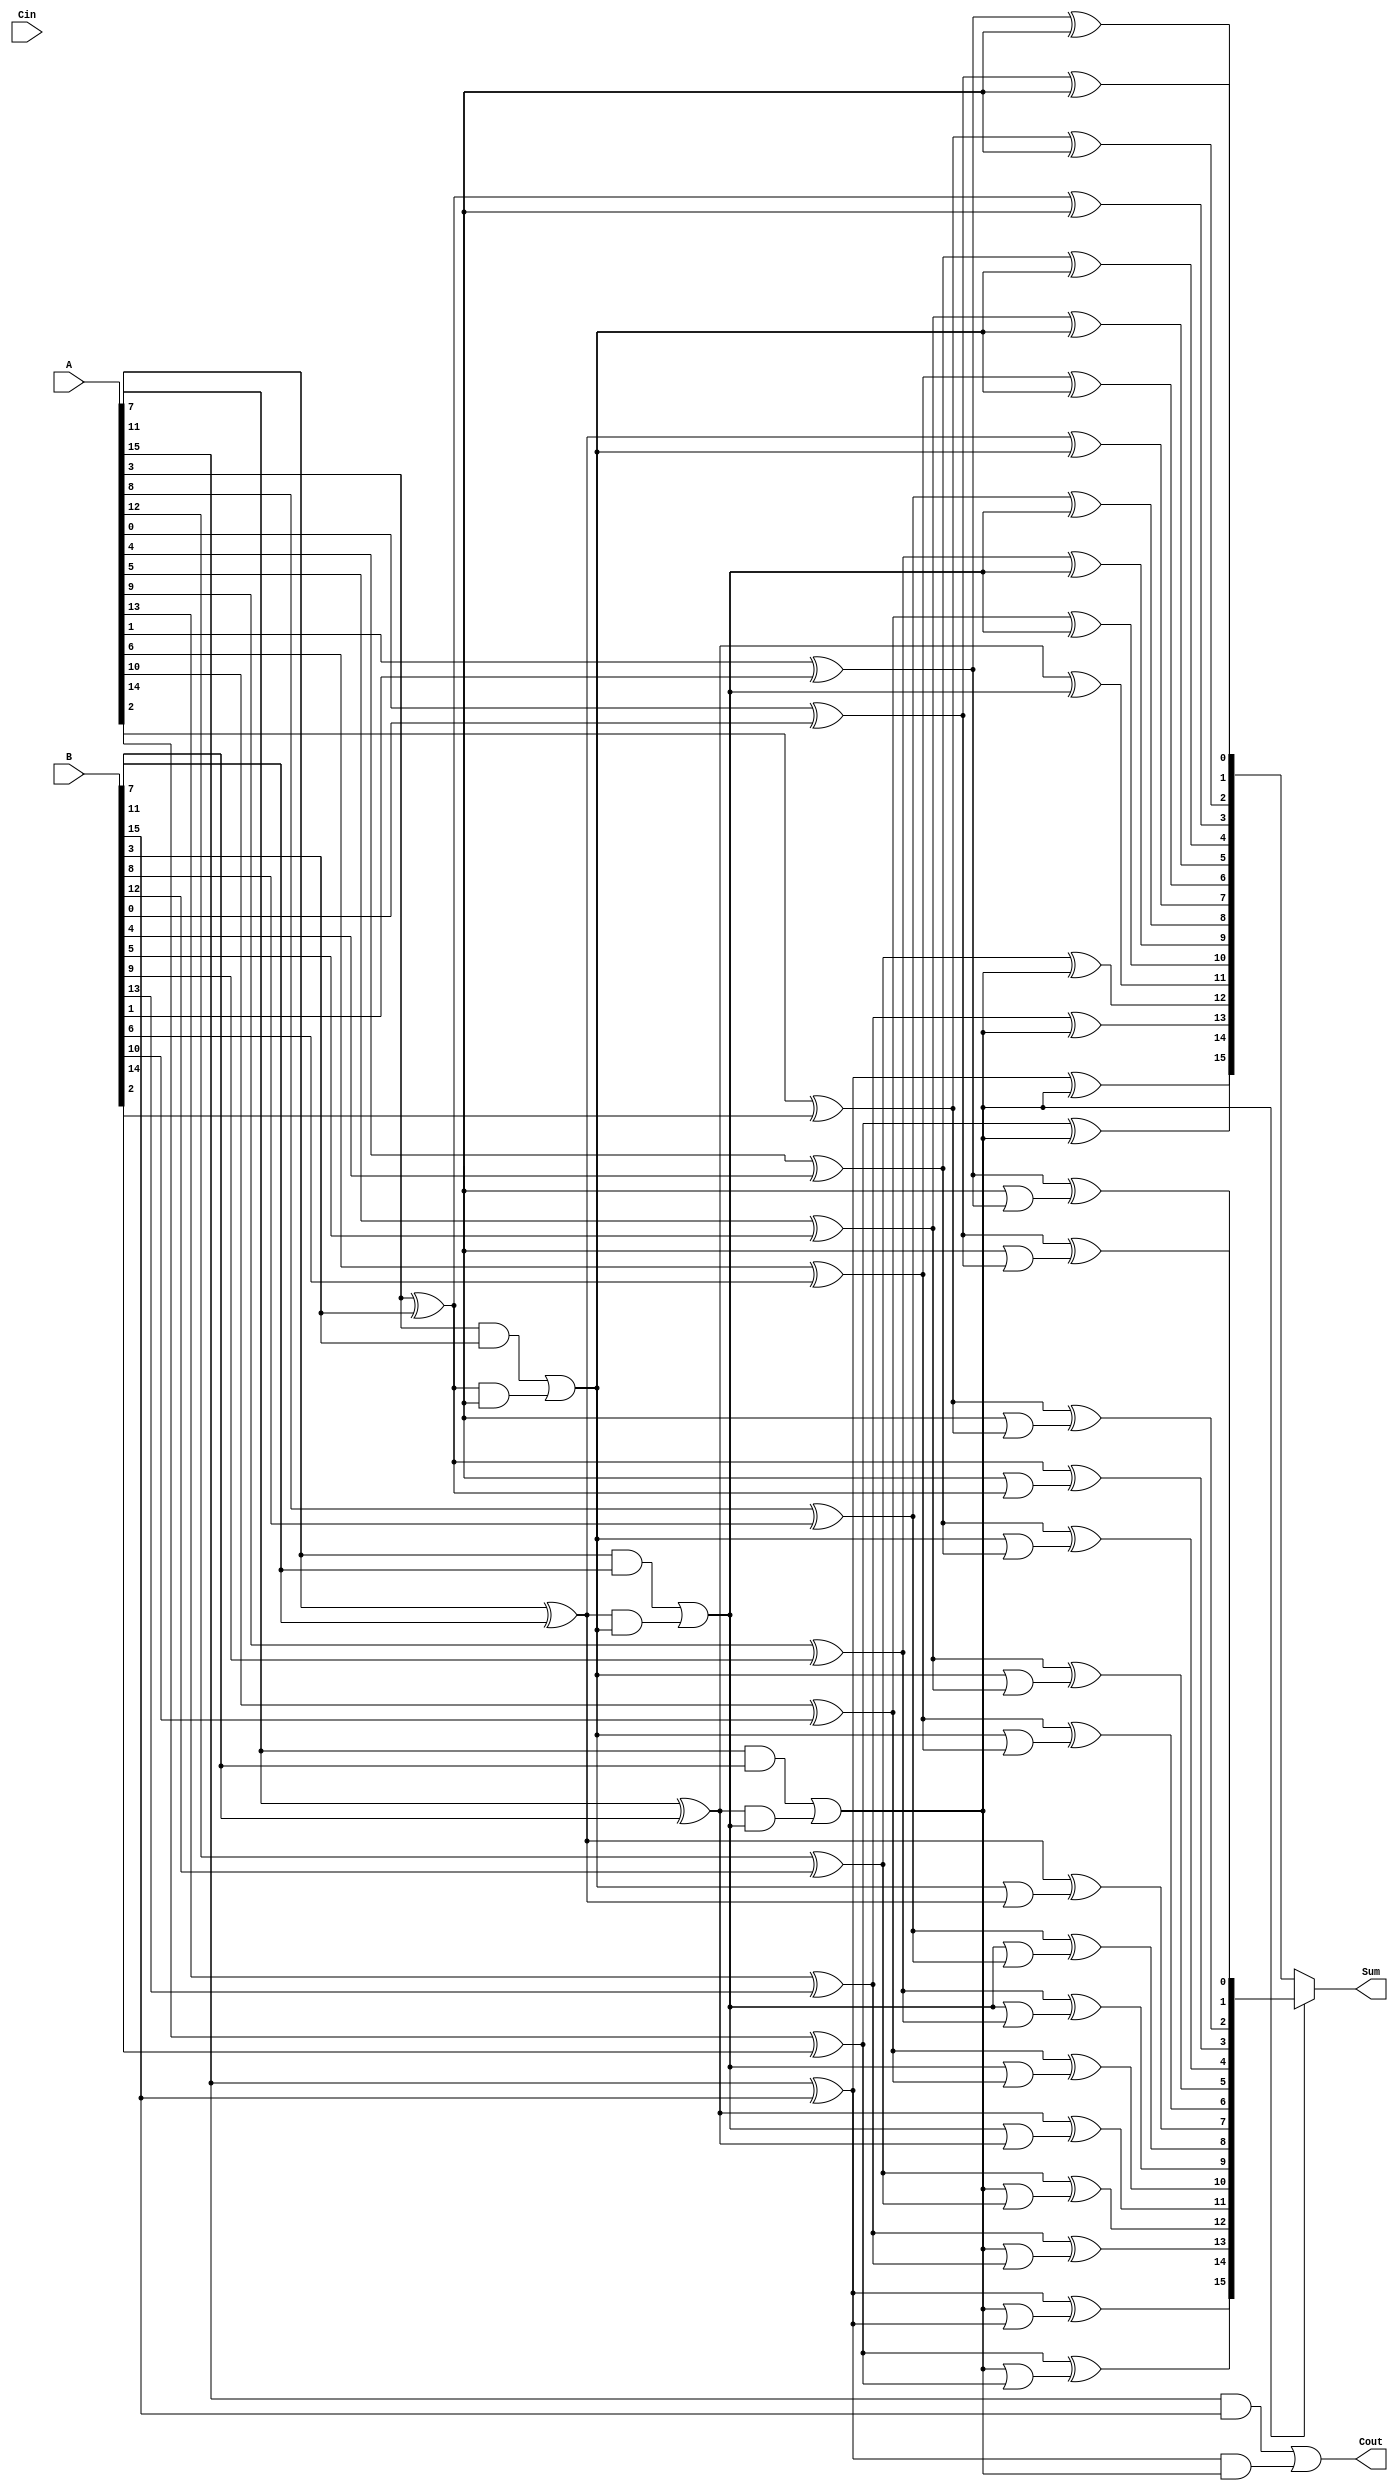
module carry_select_adder (
    input [15:0] A,       // 16-bit input A
    input [15:0] B,       // 16-bit input B
    input Cin,            // Carry input
    output [15:0] Sum,    // 16-bit Sum output
    output Cout           // Carry output
);

    // Internal wires for carry, sum and propagate/generate
    wire [3:0] P [3:0];   // Propagate for each segment
    wire [3:0] G [3:0];   // Generate for each segment
    wire [4:0] C;         // Carry outputs for segments

    // Internal sums assuming Cin = 0 and Cin = 1
    wire [15:0] Sum0;     // Sum if Cin = 0
    wire [15:0] Sum1;     // Sum if Cin = 1

    // Carry Lookahead logic and sum calculation for each segment
    genvar i;
    generate
        for (i = 0; i < 4; i = i + 1) begin: segment
            // Generate Propagate and Generate signals
            assign P[i][0] = A[i*4] ^ B[i*4];
            assign P[i][1] = A[i*4 + 1] ^ B[i*4 + 1];
            assign P[i][2] = A[i*4 + 2] ^ B[i*4 + 2];
            assign P[i][3] = A[i*4 + 3] ^ B[i*4 + 3];

            assign G[i][0] = A[i*4] & B[i*4];
            assign G[i][1] = A[i*4 + 1] & B[i*4 + 1];
            assign G[i][2] = A[i*4 + 2] & B[i*4 + 2];
            assign G[i][3] = A[i*4 + 3] & B[i*4 + 3];

            // Calculate carry for this segment
            assign C[i + 1] = G[i][3] | (P[i][3] & C[i]);
            
            // Calculate sum for this segment assuming Cin = 0 and Cin = 1
            assign Sum0[i*4]     = A[i*4] ^ B[i*4] ^ C[i];
            assign Sum0[i*4 + 1] = A[i*4 + 1] ^ B[i*4 + 1] ^ C[i];
            assign Sum0[i*4 + 2] = A[i*4 + 2] ^ B[i*4 + 2] ^ C[i];
            assign Sum0[i*4 + 3] = A[i*4 + 3] ^ B[i*4 + 3] ^ C[i];

            assign Sum1[i*4]     = A[i*4] ^ B[i*4] ^ (C[i] | P[i][0]);
            assign Sum1[i*4 + 1] = A[i*4 + 1] ^ B[i*4 + 1] ^ (C[i] | P[i][1]);
            assign Sum1[i*4 + 2] = A[i*4 + 2] ^ B[i*4 + 2] ^ (C[i] | P[i][2]);
            assign Sum1[i*4 + 3] = A[i*4 + 3] ^ B[i*4 + 3] ^ (C[i] | P[i][3]);
        end
    endgenerate

    // Final sum selection using MUX based on carry
    assign Sum = (C[3] ? Sum1 : Sum0);
    
    // Final carry out
    assign Cout = C[4];

endmodule